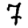
Digit: 7